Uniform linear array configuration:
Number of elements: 12
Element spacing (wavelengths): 0.25
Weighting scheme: binomial
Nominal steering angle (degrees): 0
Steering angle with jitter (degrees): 0.3141
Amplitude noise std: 0.05
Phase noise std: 0.05

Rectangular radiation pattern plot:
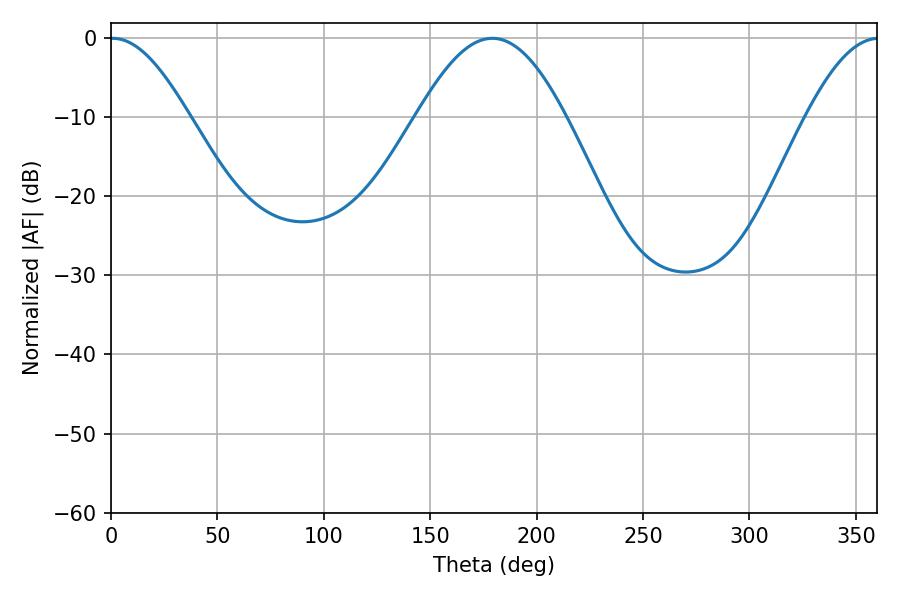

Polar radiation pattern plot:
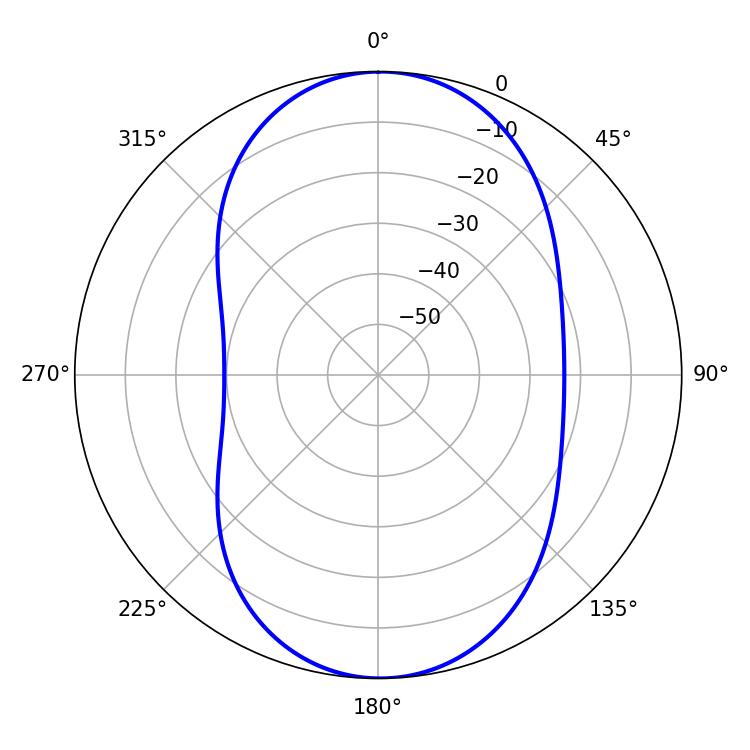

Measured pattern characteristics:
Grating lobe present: FALSE
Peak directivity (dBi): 17.068
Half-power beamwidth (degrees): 19.8
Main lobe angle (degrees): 0.9